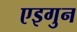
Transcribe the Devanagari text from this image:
एइगुन